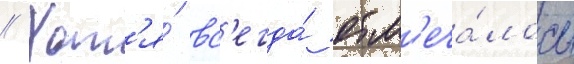
// Хот'я́ вс'егда́ отм'еча́лось